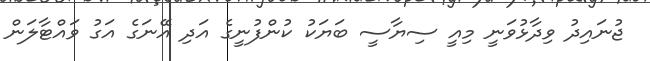
ޖުނައިދު ވިދާޅުވަނީ މިއީ ސިޔާސީ ބަޔަކު ކުންފުނީގެ އަދި އޭނަގެ އަގު ވައްޓާލަން